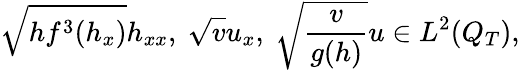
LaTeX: \sqrt{hf^{3}(h_{x})}h_{xx},\ \sqrt{v}u_{x},\ \sqrt{\frac{v}{g(h)}}u\in L^{2}(Q_{T}),